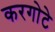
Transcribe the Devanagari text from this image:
करगोटे